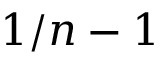
1 / n - 1